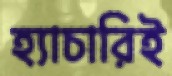
হ্যাচারিই